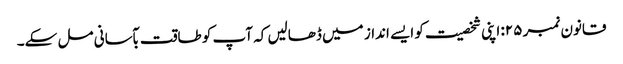
قانون نمبر ۲۵: اپنی شخصیت کو ایسے انداز میں ڈھالیں کہ آپ کو طاقت بآسانی مل سکے۔